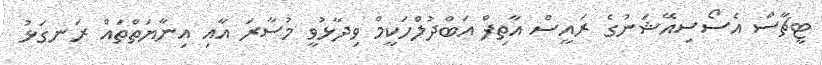
ޓީޗާސް އެސޯސިއޭޝަނުގެ ރައީސް އާތިފް އަބްދުލްހަކީމް ވިދާޅުވީ މުސާރަ އާއި އިނާޔަތްތައް ރަނގަޅު